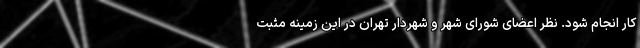
کار انجام شود. نظر اعضای شورای شهر و شهردار تهران در این زمینه مثبت